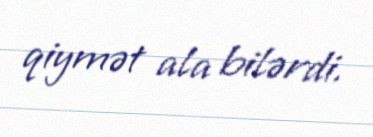
qiymət ala bilərdi.